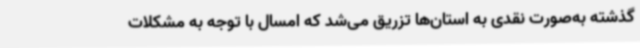
گذشته به‌صورت نقدی به استان‌ها تزریق می‌شد که امسال با توجه به مشکلات